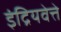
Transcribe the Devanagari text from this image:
इंद्रियवेत्ते